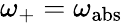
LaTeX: \omega_{+}=\omega_{\mathrm{abs}}